Annual report on the working of the mental hospitals in the Madras Presidency - 1912-1932
Year: 1912
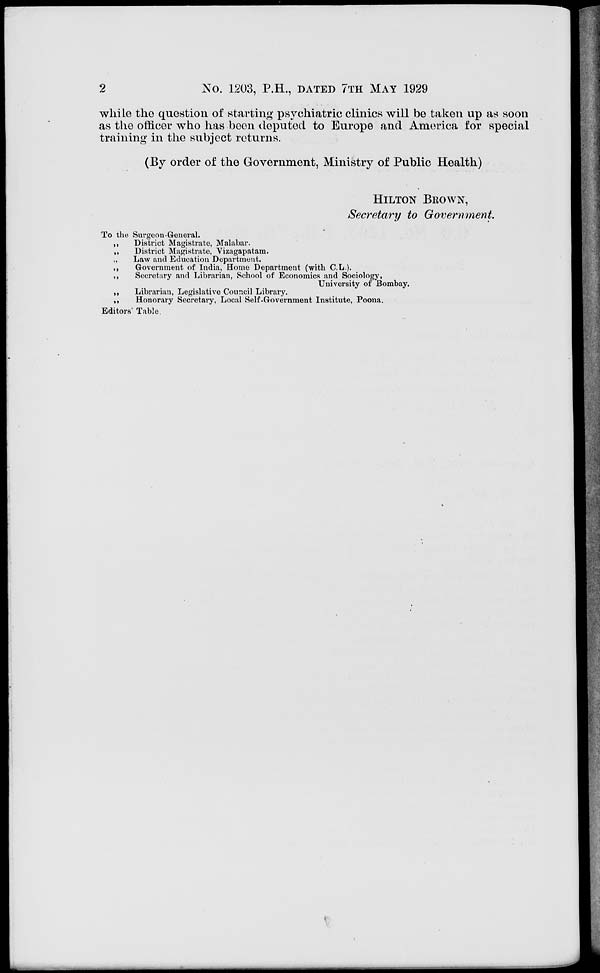
2
No. 1203, P.H., DATED 7TH MAY 1929
while the question of starting psychiatric clinics will be taken up as soon
as the officer who has been deputed to Europe and America for special
training in the subject returns.
(By order of the Government, Ministry of Public Health)
HILTON BROWN,
Secretary to Government.
To the Surgeon-General.
„
District Magistrate, Malabar.
„
District Magistrate, Vizagapatam.
„
Law and Education Department.
„
Government of India, Home Department (with C.L.).
„
Secretary and Librarian, School of Economics and Sociology,
University of Bombay.
„
Librarian, Legislative Council Library.
„
Honorary Secretary, Local Self-Government Institute, Poona.
Editors' Table.